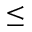
\leq